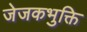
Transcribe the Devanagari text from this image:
जेजकभुक्ति